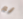
لم